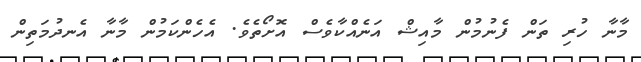
މާނާ ހުރި ތަން ފެނުމުން މާއިޝް އަނެއްކާވެސް އޮށޯތެވެ. އެހެންކަމުން މާނާ އެނދުމަތިން